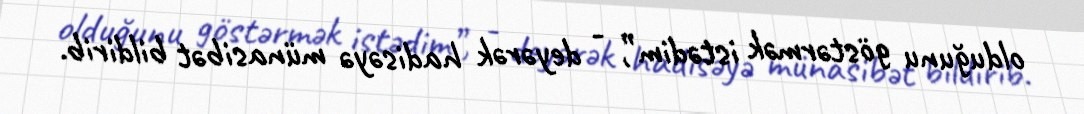
olduğunu göstərmək istədim”, - deyərək hadisəyə münasibət bildirib.